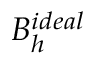
B _ { h } ^ { i d e a l }